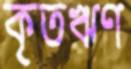
কৃতঋণ